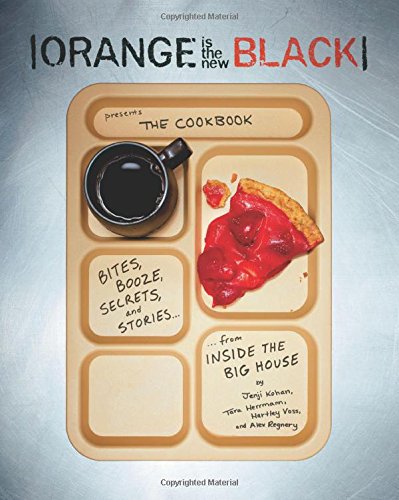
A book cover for Orange Is the New Black Presents: The Cookbook; Jenji Kohan; Humor & Entertainment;